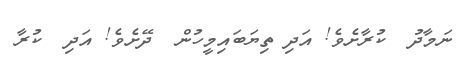
ނަމާދު  ކުރާށެވެ! އަދި ތިޔަބައިިމީހުން  ދޭށެވެ! އަދި  ކުރާ